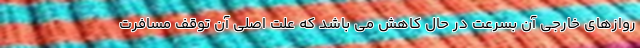
روازهای خارجی آن بسرعت در حال کاهش می باشد که علت اصلی آن توقف مسافرت